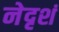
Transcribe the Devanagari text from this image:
नेदृशं